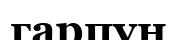
гарпун